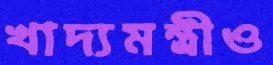
খাদ্যমন্ত্রীও